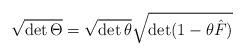
LaTeX: \begin{align*} \sqrt{\det \Theta} = \sqrt{\det \theta} \sqrt{\det (1 - \theta \hat{F})}\end{align*}